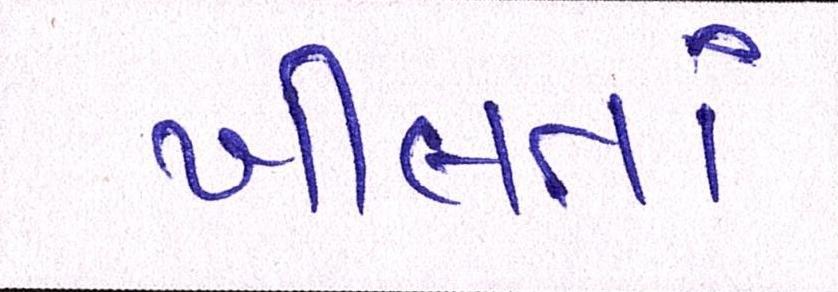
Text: ખીલતાં